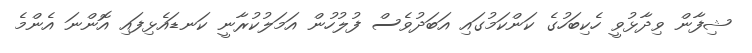
ޝިފާން ވިދާޅުވީ ހެކިބަހުގެ ކަންކަމުގައި އަބަދުވެސް ފުލުހުން އަމަލުކުރާނީ ކަނޑައެޅިފައި އޮންނަ އެންމެ